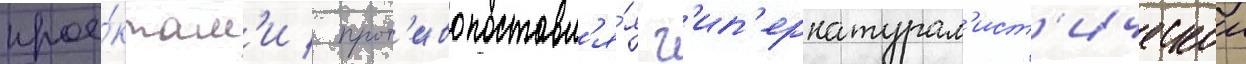
прое́ктам'и / прот'ивопоставл'я́я г'ип'ернатурал'ист'ическои